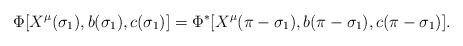
LaTeX: \begin{align*}\Phi[X^{\mu}(\sigma_1),b(\sigma_1),c(\sigma_1)]=\Phi^*[X^{\mu}(\pi-\sigma_1),b(\pi-\sigma_1),c(\pi-\sigma_1)]. \end{align*}